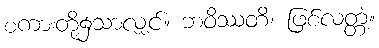
စကားတို့၌သာလျှင်။ ဘဝိဿတိ၊ ဖြစ်လတ္တံ့။